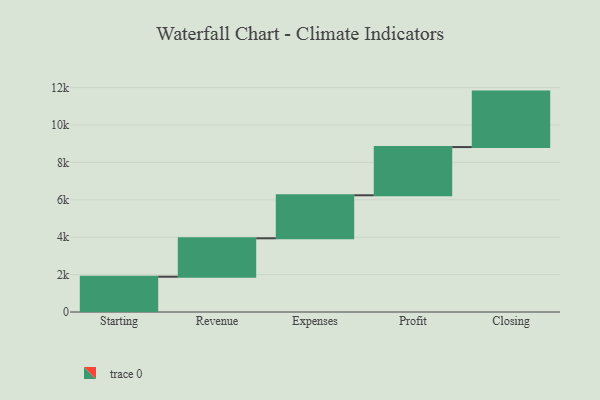
{"axis": {"x": "Step", "y": "Value"}, "legend": [""], "data": [{"x": "Starting", "y": 1887.0, "type": ""}, {"x": "Revenue", "y": 2054.0, "type": ""}, {"x": "Expenses", "y": 2301.0, "type": ""}, {"x": "Profit", "y": 2578.0, "type": ""}, {"x": "Closing", "y": 2966.0, "type": ""}]}